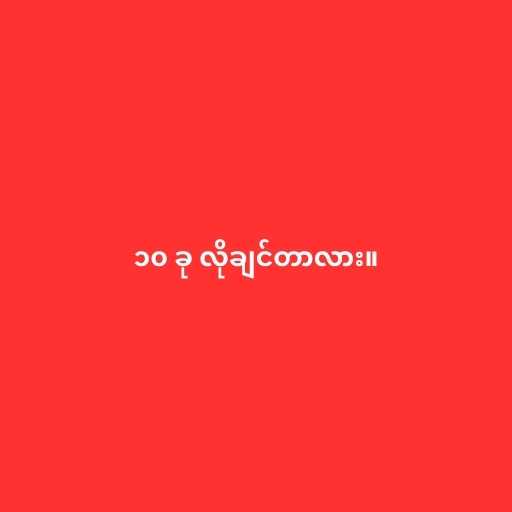
၁၀ ခု လိုချင်တာလား။